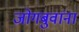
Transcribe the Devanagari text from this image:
जोगबुवांना